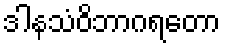
ဒါနသံဝိဘာဂရတော